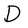
Character: D